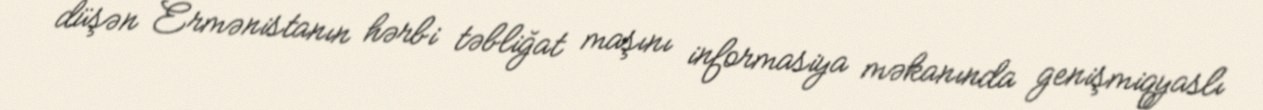
düşən Ermənistanın hərbi təbliğat maşını informasiya məkanında genişmiqyaslı